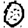
Digit: 0